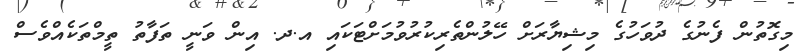
މިގޮތުން ފެނުގެ ދުވަހުގެ މިޝިޔާރަށް ހޭލުންތެރިކުރުވުމަށްޓަކައި އ.ދ. އިން ވަނީ ތަފާތު ތީމްތަކެއްވެސް